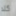
كلا